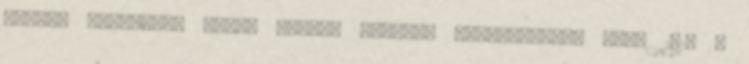
férje. Vígjáték; ford. Hevesi Sándor; Rózsavölgyi, Bp., 1917 A